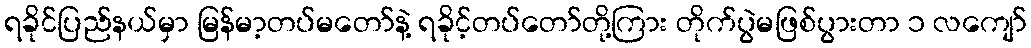
ရခိုင်ပြည်နယ်မှာ မြန်မာ့တပ်မတော်နဲ့ ရခိုင့်တပ်တော်တို့ကြား တိုက်ပွဲမဖြစ်ပွားတာ ၁ လကျော်